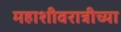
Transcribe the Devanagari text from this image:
महाशीवरात्रीच्या